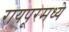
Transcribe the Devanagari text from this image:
रायपूरमध्ये